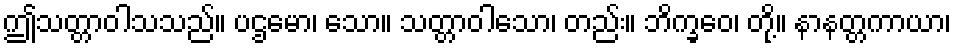
ဤသတ္တာဝါသသည်။ ပဌမော၊ သော။ သတ္တာဝါသော၊ တည်း။ ဘိက္ခဝေ၊ တို့။ နာနတ္တကာယာ၊